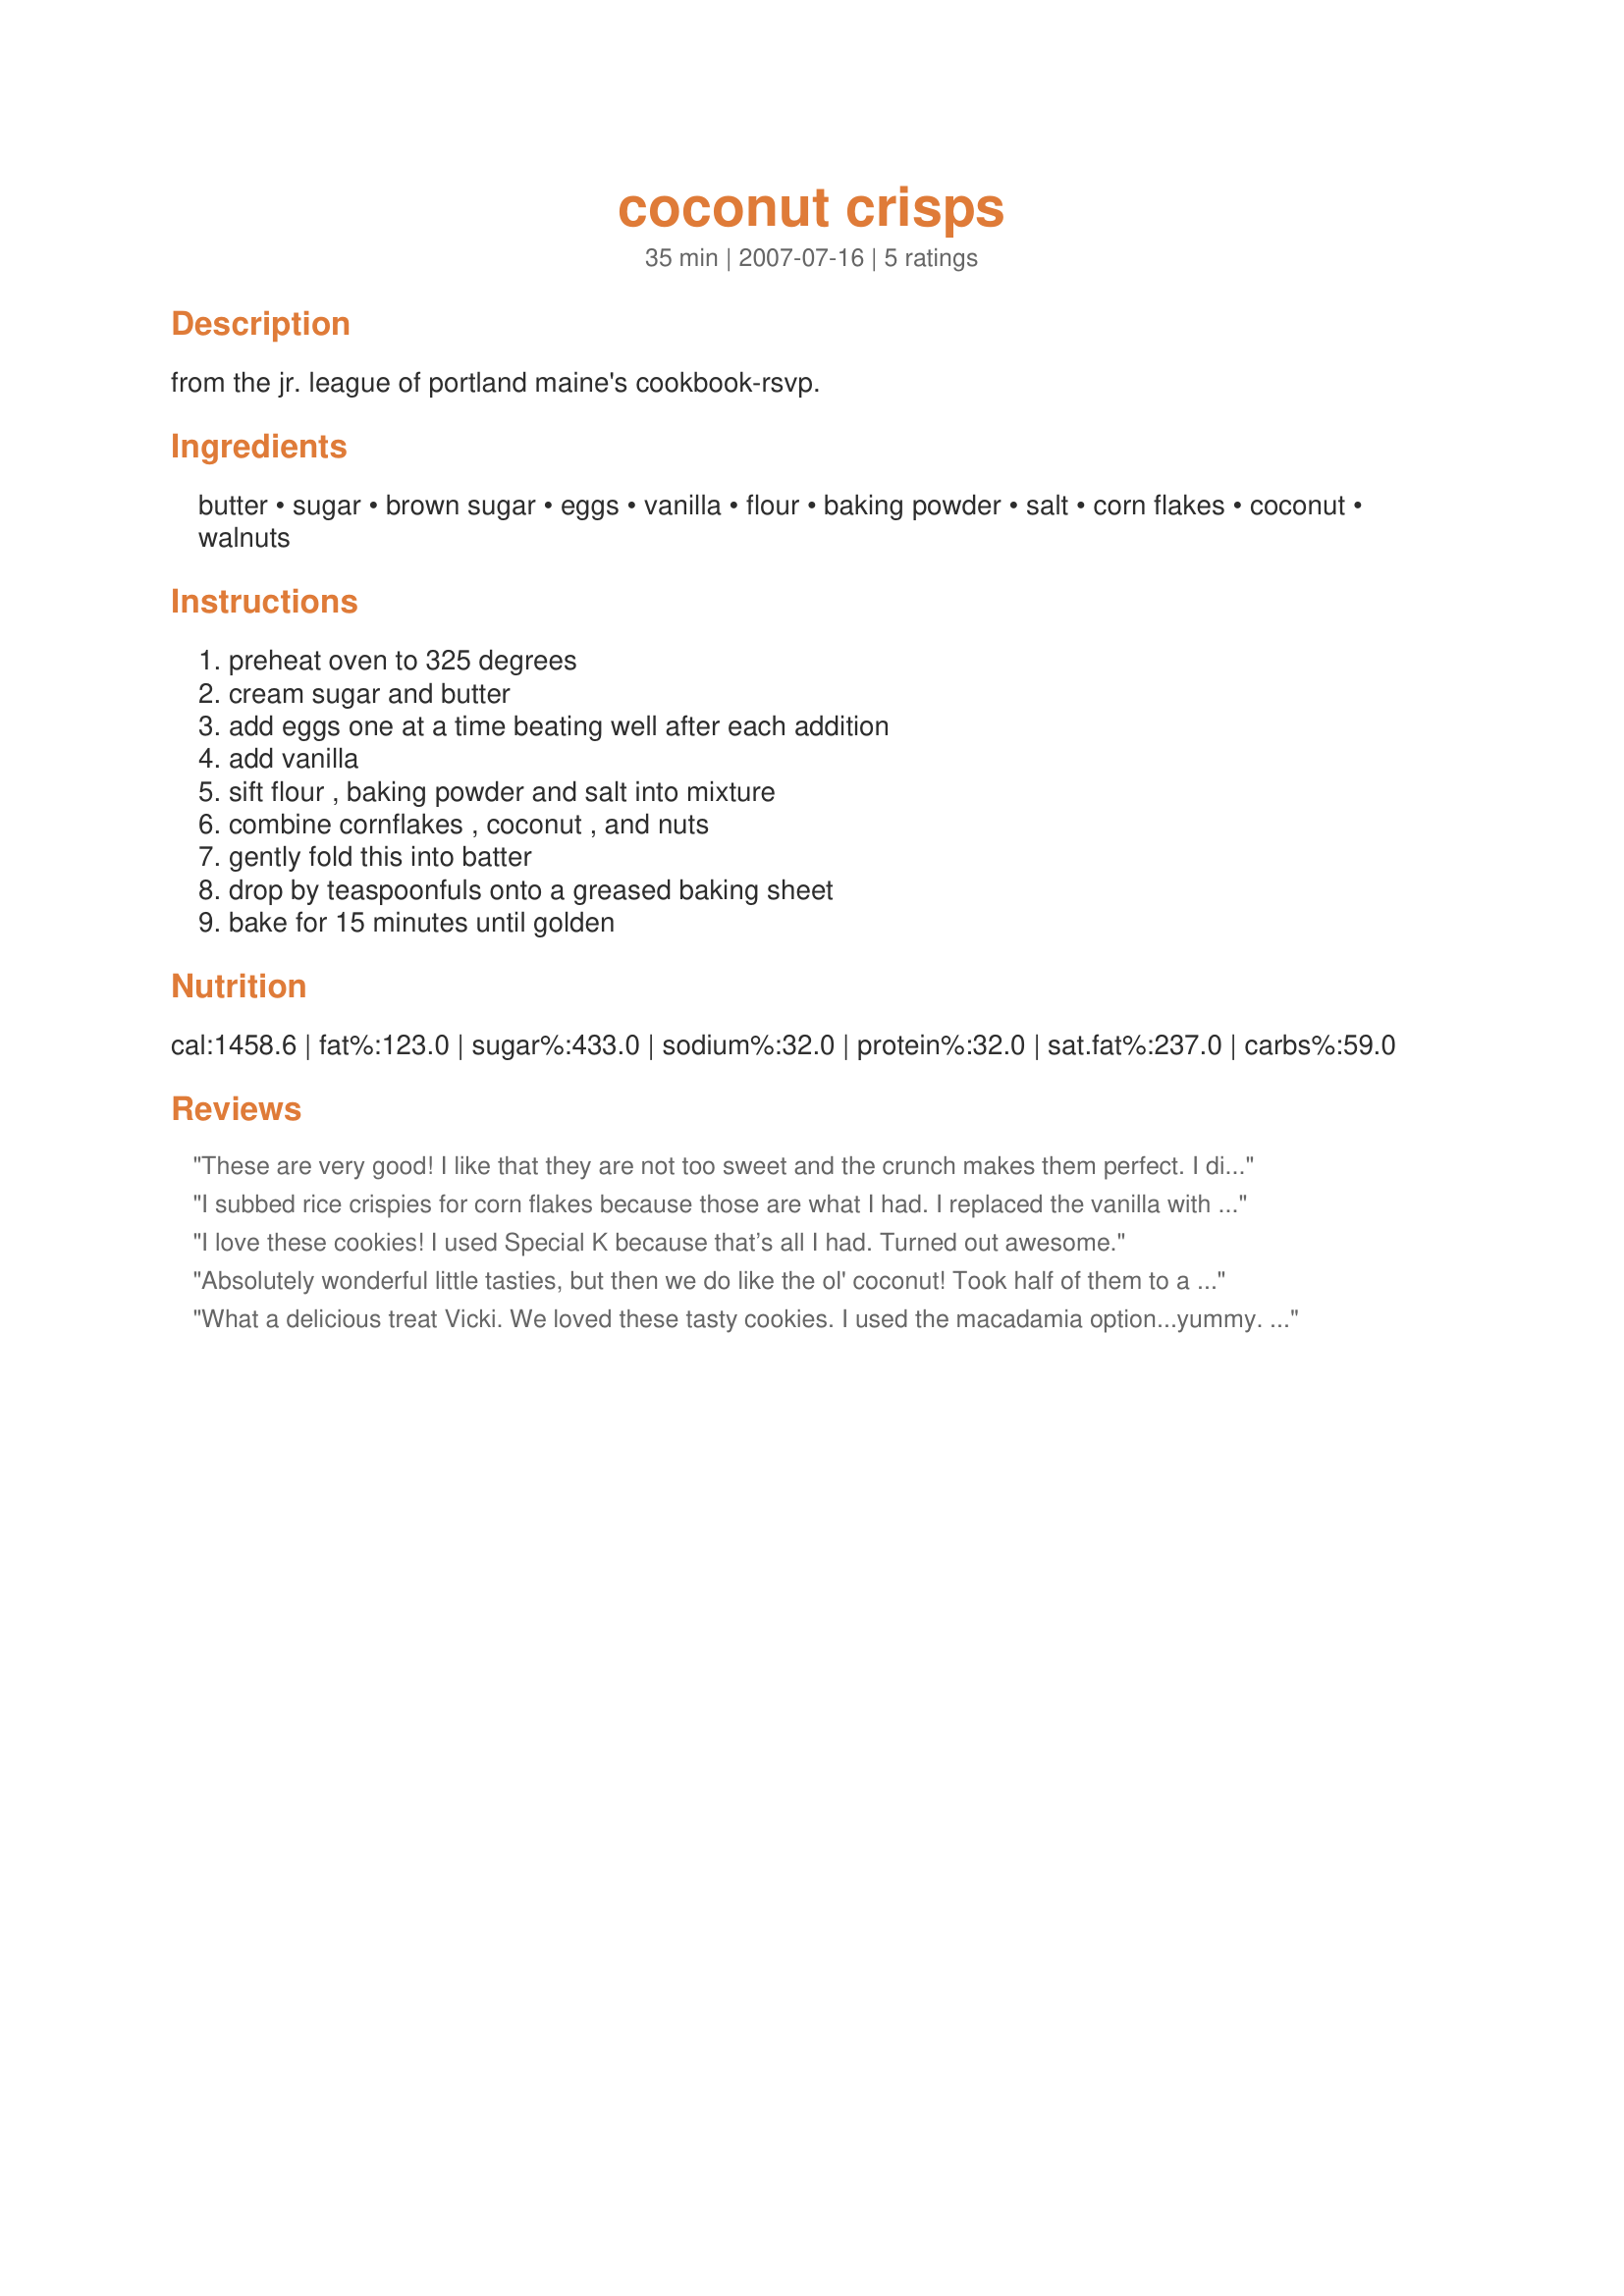
coconut crisps
Preparation time: 35 minutes

from the jr. league of portland maine's cookbook-rsvp.

Ingredients:
butter, sugar, brown sugar, eggs, vanilla, flour, baking powder, salt, corn flakes, coconut, walnuts

Steps:
preheat oven to 325 degrees, cream sugar and butter, add eggs one at a time beating well after each addition, add vanilla, sift flour , baking powder and salt into mixture, combine cornflakes , coconut , and nuts, gently fold this into batter, drop by teaspoonfuls onto a greased baking sheet, bake for 15 minutes until golden

Reviews:
These are very good! I like that they are not too sweet and the crunch makes them perfect. I didn't have walnuts or macadamia nuts so used chopped pecans. Made for a bake sale at DSs school and I am glad I made a dozen for us at home! Made for Photo Forums 2010 Holiday Celebration.
I subbed rice crispies for corn flakes because those are what I had. I replaced the vanilla with half vanilla and half coconut extract. I didn't use nuts because I didn't have any. I was craving a crispy thin coconut cookie and these were INCREDIBLE. They are now a permanent part of my cookie repertoire and I will be drizzling these with chocolate and caramel when I feel fancy.
I love these cookies! I used Special K because that’s all I had. Turned out awesome.
Absolutely wonderful little tasties, but then we do like the ol' coconut! Took half of them to a park-wide social, but was happy to keep the rest just for ourselves! Really liked their soft chewiness! Thanks for sharing this great recipe! [Made & reviewed in I Recommend recipe tag]
What a delicious treat Vicki. We loved these tasty cookies. I used the macadamia option...yummy. I halved the recipe and got 30 large cookies. The cookies, were soft, tender, chewy, and full of flavor and great textures. I will be making these again. Thank you so much for sharing.
